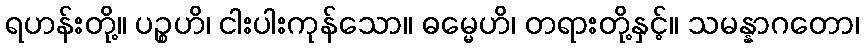
ရဟန်းတို့။ ပဉ္စဟိ၊ ငါးပါးကုန်သော။ ဓမ္မေဟိ၊ တရားတို့နှင့်။ သမန္နာဂတော၊